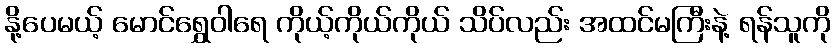
နို့ပေမယ့် မောင်ရွှေဝါရေ ကိုယ့်ကိုယ်ကိုယ် သိပ်လည်း အထင်မကြီးနဲ့ ရန်သူကို